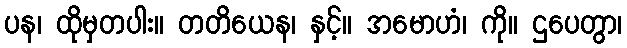
ပန၊ ထိုမှတပါး။ တတိယေန၊ နှင့်။ အမောဟံ၊ ကို။ ဌပေတွာ၊